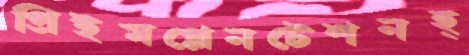
প্রিইমপ্লেনটেশনহ্